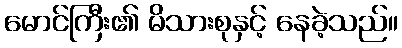
မောင်ကြီး၏ မိသားစုနှင့် နေခဲ့သည်။